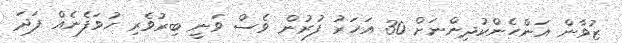
ޒުވާން އަންހެންކުދިންނަށް 30 އަހަރު ފުރުން ވެސް ވަނީ ބިރުވެރި ހުވަފެނެއް ފަދަ